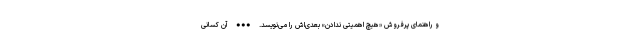
و راهنمای پرفروش «هیچ اهمیتی ندادنِ» بعدی‌اش را می‌نویسد. ••• آن کسانی